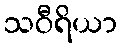
သဝီရိယာ